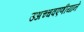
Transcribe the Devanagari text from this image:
उअच्चवएणीयाने